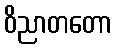
ဝိညာတတော